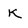
Character: k